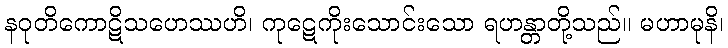
နဝုတိကောဋိသဟေဿဟိ၊ ကုဋေကိုးသောင်းသော ရဟန္တာတို့သည်။ မဟာမုနိ၊